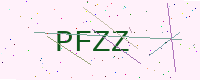
Text: PFZZ